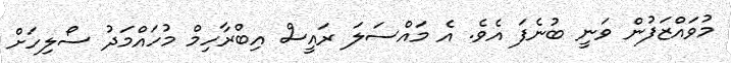
މުވައްޒަފުން ވަނީ ބުނެފަ އެވެ. އެ މައްސަލަ ރައީސް އިބްރާހިމް މުހައްމަދު ސޯލިހަށް